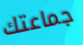
جماعتك